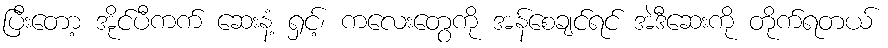
ပြီးတော့ အိုင်ပီကက် ဆေးနံ့ ရှင့်၊ ကလေးတွေကို အန်စေချင်ရင် အဲဒီဆေးကို တိုက်ရတယ်